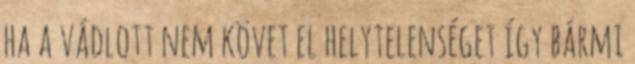
ha a vádlott nem követ el helytelenséget így bármi